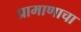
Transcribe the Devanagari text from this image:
प्रामाणाचा